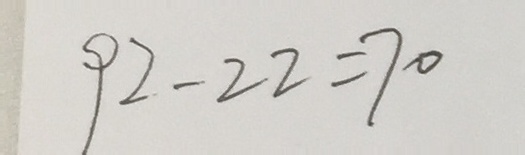
9 2 - 2 2 = 7 0